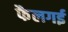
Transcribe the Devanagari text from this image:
फैलगई